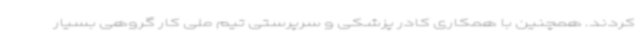
کردند. همچنین با همکاری کادر پزشکی و سرپرستی تیم ملی کار گروهی بسیار